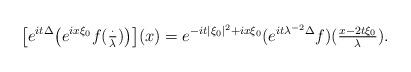
LaTeX: \begin{align*}\bigl[e^{it\Delta}\bigl(e^{ix\xi_0}f(\tfrac{\cdot}{\lambda})\bigr)\bigr](x) = e^{-it|\xi_0|^2+ix\xi_0}(e^{it\lambda^{-2}\Delta}f)(\tfrac{x-2t\xi_0}{\lambda}). \end{align*}